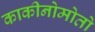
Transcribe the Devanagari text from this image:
काकीनोमोतो